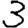
Digit: 3